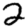
Digit: 2